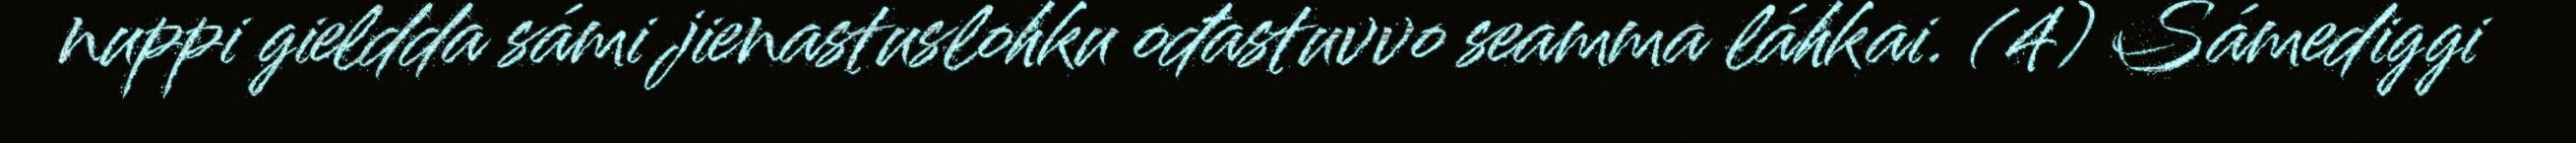
nuppi gieldda sámi jienastuslohku ođastuvvo seamma láhkai. (4) Sámediggi